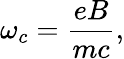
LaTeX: \omega_{c}={\frac{eB}{mc}},